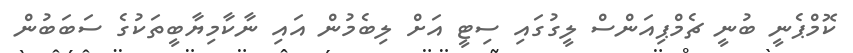
ކޮމްޕެނީ ބުނީ ޗެމްޕިއަންސް ލީގުގައި ސިޓީ އަށް ލިބެމުން އައި ނާކާމިޔާބީތަކުގެ ސަބަބުން